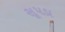
સૂપડા